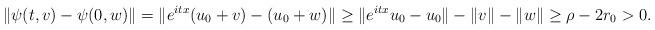
LaTeX: \begin{align*}\|\psi(t,v) - \psi(0,w)\| = \|e^{itx}(u_0+v) - (u_0+w)\| \geq \|e^{itx} u_0 - u_0\| - \|v\| - \|w\| \geq \rho - 2 r_0 >0.\end{align*}